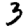
Digit: 3